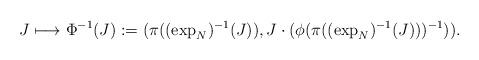
LaTeX: \begin{align*}J\longmapsto \Phi^{-1}(J):=(\pi((\exp_N)^{-1}(J)), J\cdot (\phi(\pi((\exp_N)^{-1}(J)))^{-1})).\end{align*}